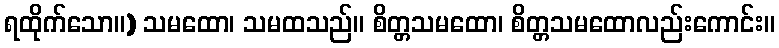
ရထိုက်သော။) သမထော၊ သမထသည်။ စိတ္တသမထော၊ စိတ္တသမထောလည်းကောင်း။